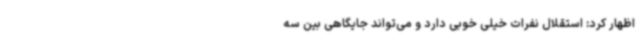
اظهار کرد: استقلال نفرات خیلی خوبی دارد و می‌تواند جایگاهی بین سه